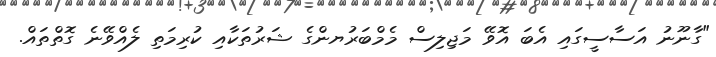
"ގާނޫނު އަސާސީގައި އެބަ އޮވޭ މަޖިލިސް މެމްބަރުޔންގެ ޝަރުތަކާއި ކުރިމަތި ލެއްވޭނެ ގޮތްތައް.